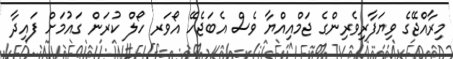
މިރާއްޖޭގެ ވިޔަފާރިވެރިންގެ ޖަމްއިއްޔާ ވެސް އެބަޖެހޭ އޯވަރ ހޯލް ކުރަން ގައުމަށް ފައިދާ